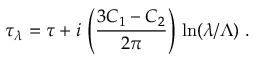
\tau _ { \lambda } = \tau + i \, \left( \frac { 3 C _ { 1 } - C _ { 2 } } { 2 \pi } \right) \, \ln ( \lambda / \Lambda ) \; .